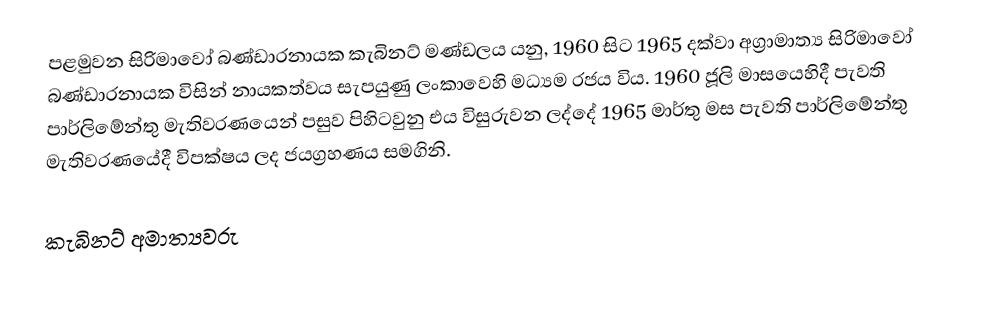
පළමුවන සිරිමාවෝ බණ්ඩාරනායක කැබිනට් මණ්ඩලය යනු,  1960 සිට 1965 දක්වා අග්‍රාමාත්‍ය සිරිමාවෝ බණ්ඩාරනායක විසින් නායකත්වය සැපයුණු ලංකාවෙහි මධ්‍යම රජය විය.  1960 ජූලි මාසයෙහිදී පැවති පාර්ලිමේන්තු මැතිවරණයෙන් පසුව පිහිටවුනු එය විසුරුවන ලද්දේ 1965 මාර්තු මස පැවති පාර්ලිමේන්තු මැතිවරණයේදී විපක්ෂය ලද ජයග්‍රහණය සමගිනි.

කැබිනට් අමාත්‍යවරු